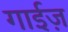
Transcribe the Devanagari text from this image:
गाईज़